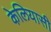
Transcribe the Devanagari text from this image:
केलियासी